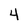
Character: 4